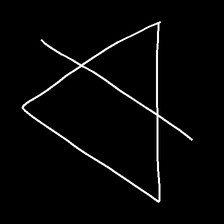
Glyph: empower